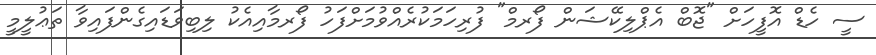
ސީ ހެޑް އޮފީހަށް "ޖޮބް އެޕްލިކޭޝަން ފޯރމް" ފުރިހަމަކުރެއްވުމަށްފަހު ފޯރމާއިއެކު ލިބިވަޑައިގެންފައިވާ ތަޢުލީމީ